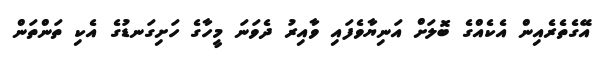
އޭގެތެރެއިން އެކެއްގެ ބޮލަށް އަނިޔާވެފައި ވާއިރު ދެވަނަ މީހާގެ ހަށިގަނޑުގެ އެކި ތަންތަން